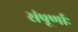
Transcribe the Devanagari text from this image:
संपूर्णाः